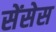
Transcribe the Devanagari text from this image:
सेंसेस